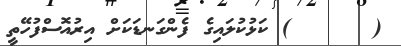
(      ) ކަޅުކުލައިގެ ފެންގަނޑަކަށް އިރުއޮސްފުހޭތީ